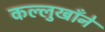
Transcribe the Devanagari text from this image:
कल्लुखाँने